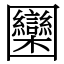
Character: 圞